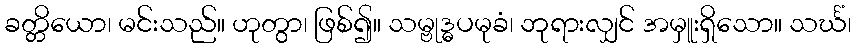
ခတ္တိယော၊ မင်းသည်။ ဟုတွာ၊ ဖြစ်၍။ သမ္ဗုဒ္ဓပမုခံ၊ ဘုရားလျှင် အမှူးရှိသော။ သင်္ဃံ၊